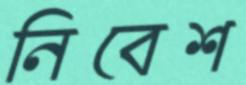
নিবেশ